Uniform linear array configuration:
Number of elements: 8
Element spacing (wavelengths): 0.5
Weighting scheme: cosine
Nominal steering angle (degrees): -30
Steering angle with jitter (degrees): -29.79
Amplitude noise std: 0.05
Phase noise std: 0.05

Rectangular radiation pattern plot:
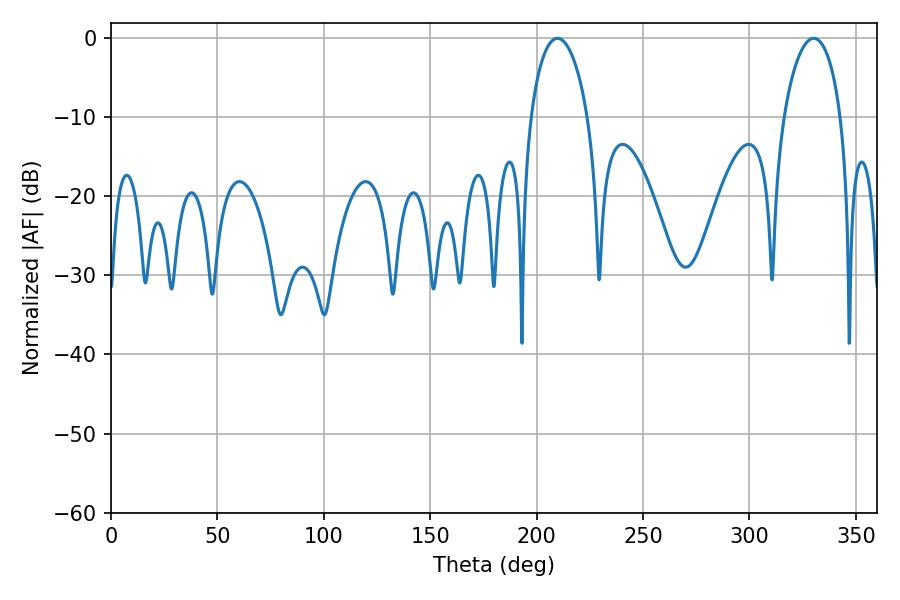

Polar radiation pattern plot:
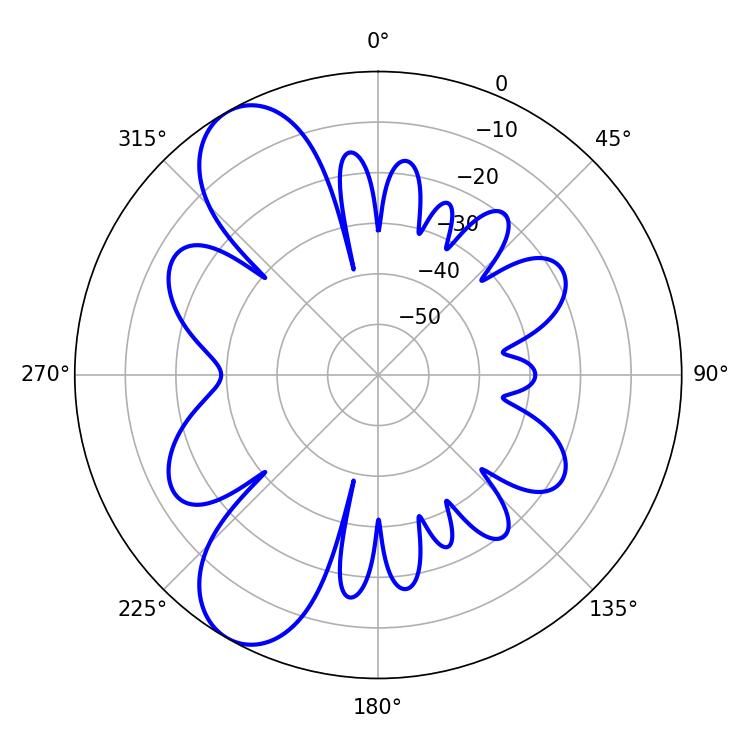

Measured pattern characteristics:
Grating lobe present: FALSE
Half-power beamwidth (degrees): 15.3
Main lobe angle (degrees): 209.88